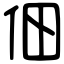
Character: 佃